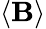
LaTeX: \langle\mathbf{B}\rangle